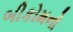
બીકોમનો